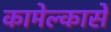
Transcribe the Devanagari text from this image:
कामेल्कासे